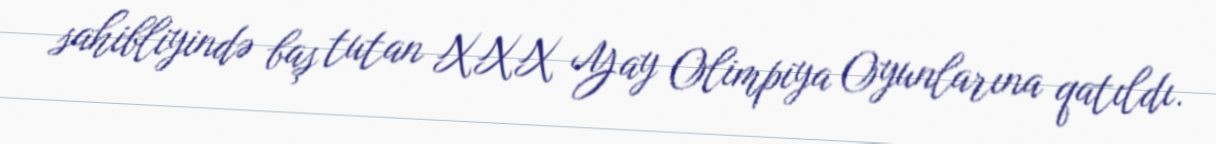
sahibliyində baş tutan XXX Yay Olimpiya Oyunlarına qatıldı.